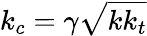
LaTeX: k_{c}=\gamma\sqrt{kk_{t}}